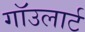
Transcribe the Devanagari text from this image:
गाॅउलार्ट